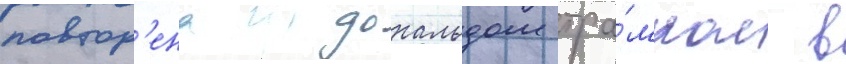
повтор'ена дональдом тра́мпом в